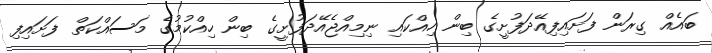
ބައެއް ގިރަން ފަށައިފިއޭދަފުށީގެ ބިން ހިއްކައި ނިމިއްޖެއޭދަފުށީގެ ބިން ހިއްކުމުގެ މަސައްކަތް ފަށައިފި